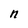
Character: n